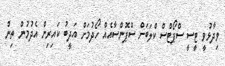
ވިދާޅުވީ ޓީސީ ސްޕޯޓްސް ކްލަބަށް ސްޕޮންސާއެއް ހޯދުމަށް އަދީބު ކައިރިން އެދުމުން ތިން